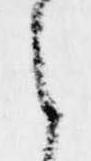
候